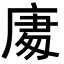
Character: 𭙧